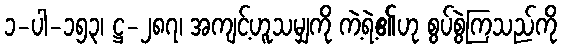
၁-ပါ-၁၅၃၊ ဋ္ဌ-၂၈၇၊ အကျင့်ဟူသမျှကို ကဲ့ရဲ့၏ဟု စွပ်စွဲကြသည်ကို